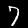
Digit: 7